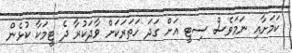
ކަމަށާއި ނަމަވެސް ސިޓީ އަށް ގަދަ ހަތަރަކަށް ވާދަކުރާ ދެ ޓީމަކާ ކުޅެން